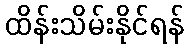
ထိန်းသိမ်းနိုင်ရန်